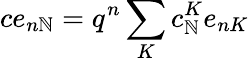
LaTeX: ce_{n\mathbb{N}}=q^{n}\sum_{K}c_{\mathbb{N}}^{K}e_{nK}